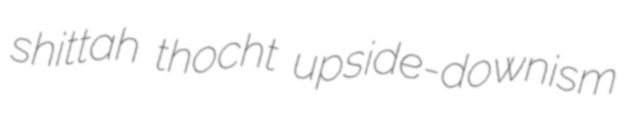
shittah thocht upside-downism